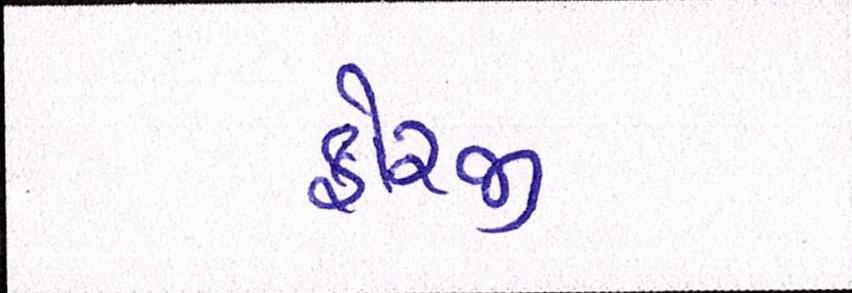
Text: ફોરજી